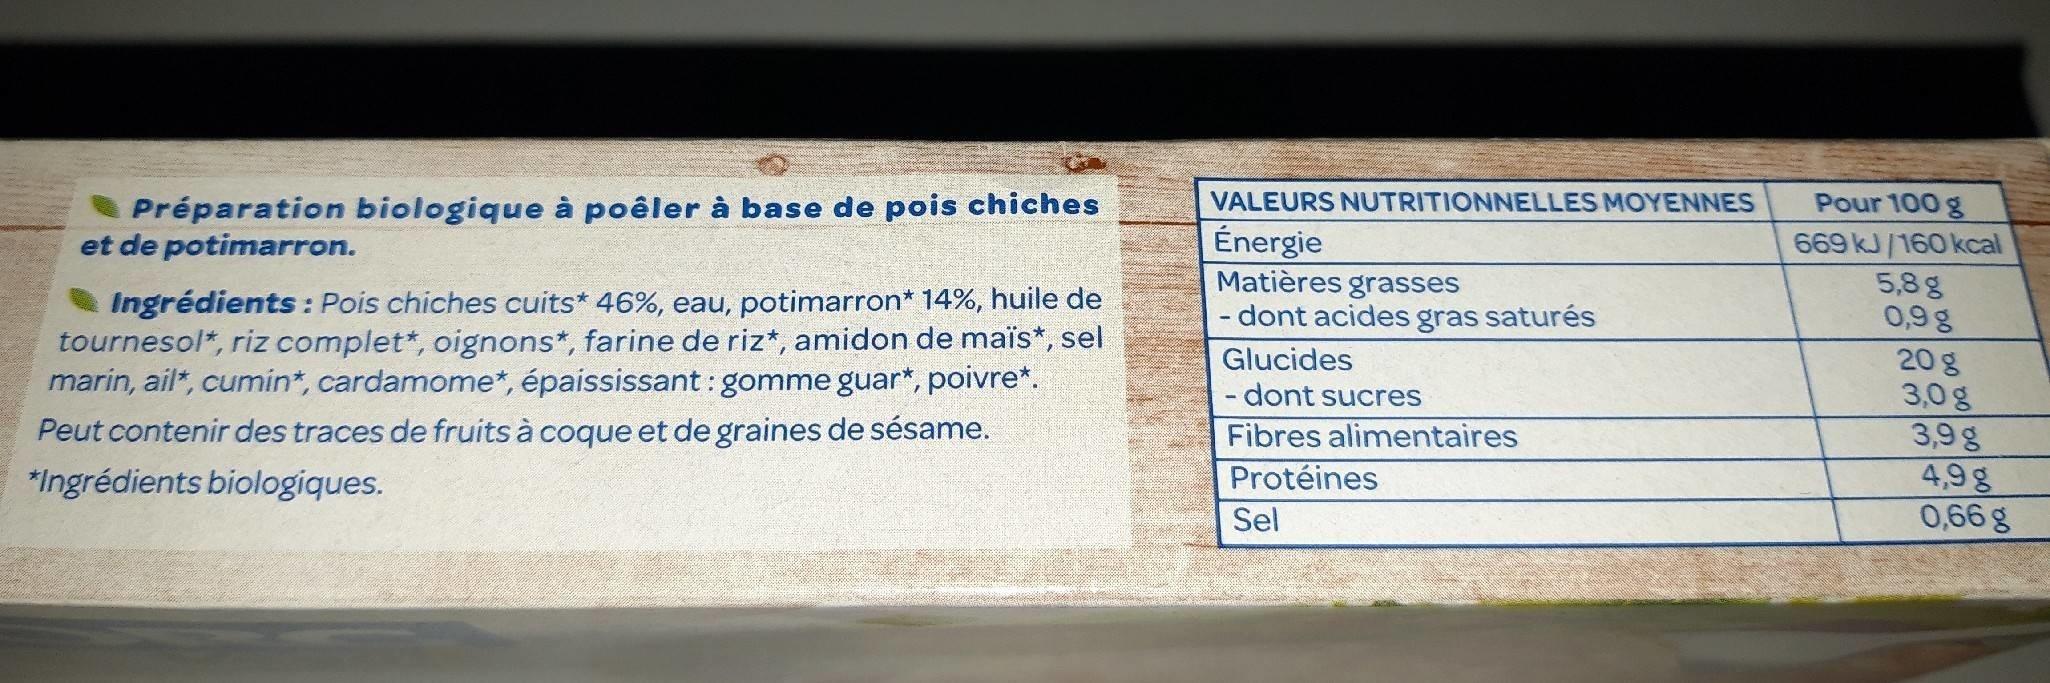
Pour 100 g
Préparation biologique à poêler à base de pois chiches et de potimarron.
VALEURS NUTRITIONNELLES MOYENNES
Énergie Matières grasses - dont acides gras saturés
669 kJ/160 kcal 5,8g 0,9g
Ingrédients : Pois chiches cuits* 46%, eau, potimarron* 14%, huile de tournesol*, riz complet*, oignons*, farine de riz*, amidon de maïs*, sel marin, ail*, cumin*, cardamome*, épaississant: gomme guar*, poivre*. Peut contenir des traces de fruits à coque et de graines de sésame.
20g 3,0g 3,9g 4,9g 0,66g
Glucides
- dont sucres
Fibres alimentaires
*Ingrédients biologiques.
Protéines
Sel